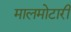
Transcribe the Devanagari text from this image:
मालमोटारी